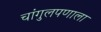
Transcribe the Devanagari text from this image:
चांगुलपणाला